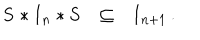
LaTeX: \begin{array} { l l l } { { { \bf S * I } _ { n } * { \bf S } } } & { { \subseteq } } & { { { \bf I } _ { n + 1 } } } \\ \end{array} { } .